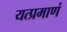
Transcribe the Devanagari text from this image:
यत्प्रमाणं